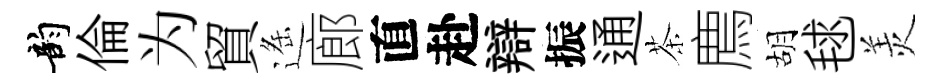
韵倫为貿遥廊直赴辯振通茶廌胡毬羙